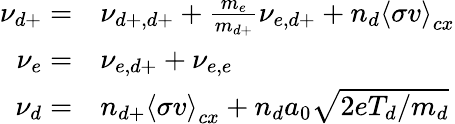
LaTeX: \begin{array}{rl}{\nu_{d+}=}&{{}\nu_{d+,d+}+\frac{m_{e}}{m_{d+}}\nu_{e,d+}+n_{d}\left<\sigma v\right>_{cx}}\\ {\nu_{e}=}&{{}\nu_{e,d+}+\nu_{e,e}}\\ {\nu_{d}=}&{{}n_{d+}\left<\sigma v\right>_{cx}+n_{d}a_{0}\sqrt{2eT_{d}/m_{d}}}\end{array}